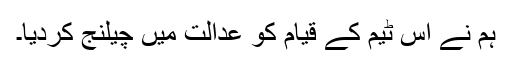
ہم نے اس ٹیم کے قیام کو عدالت میں چیلنج کردیا۔